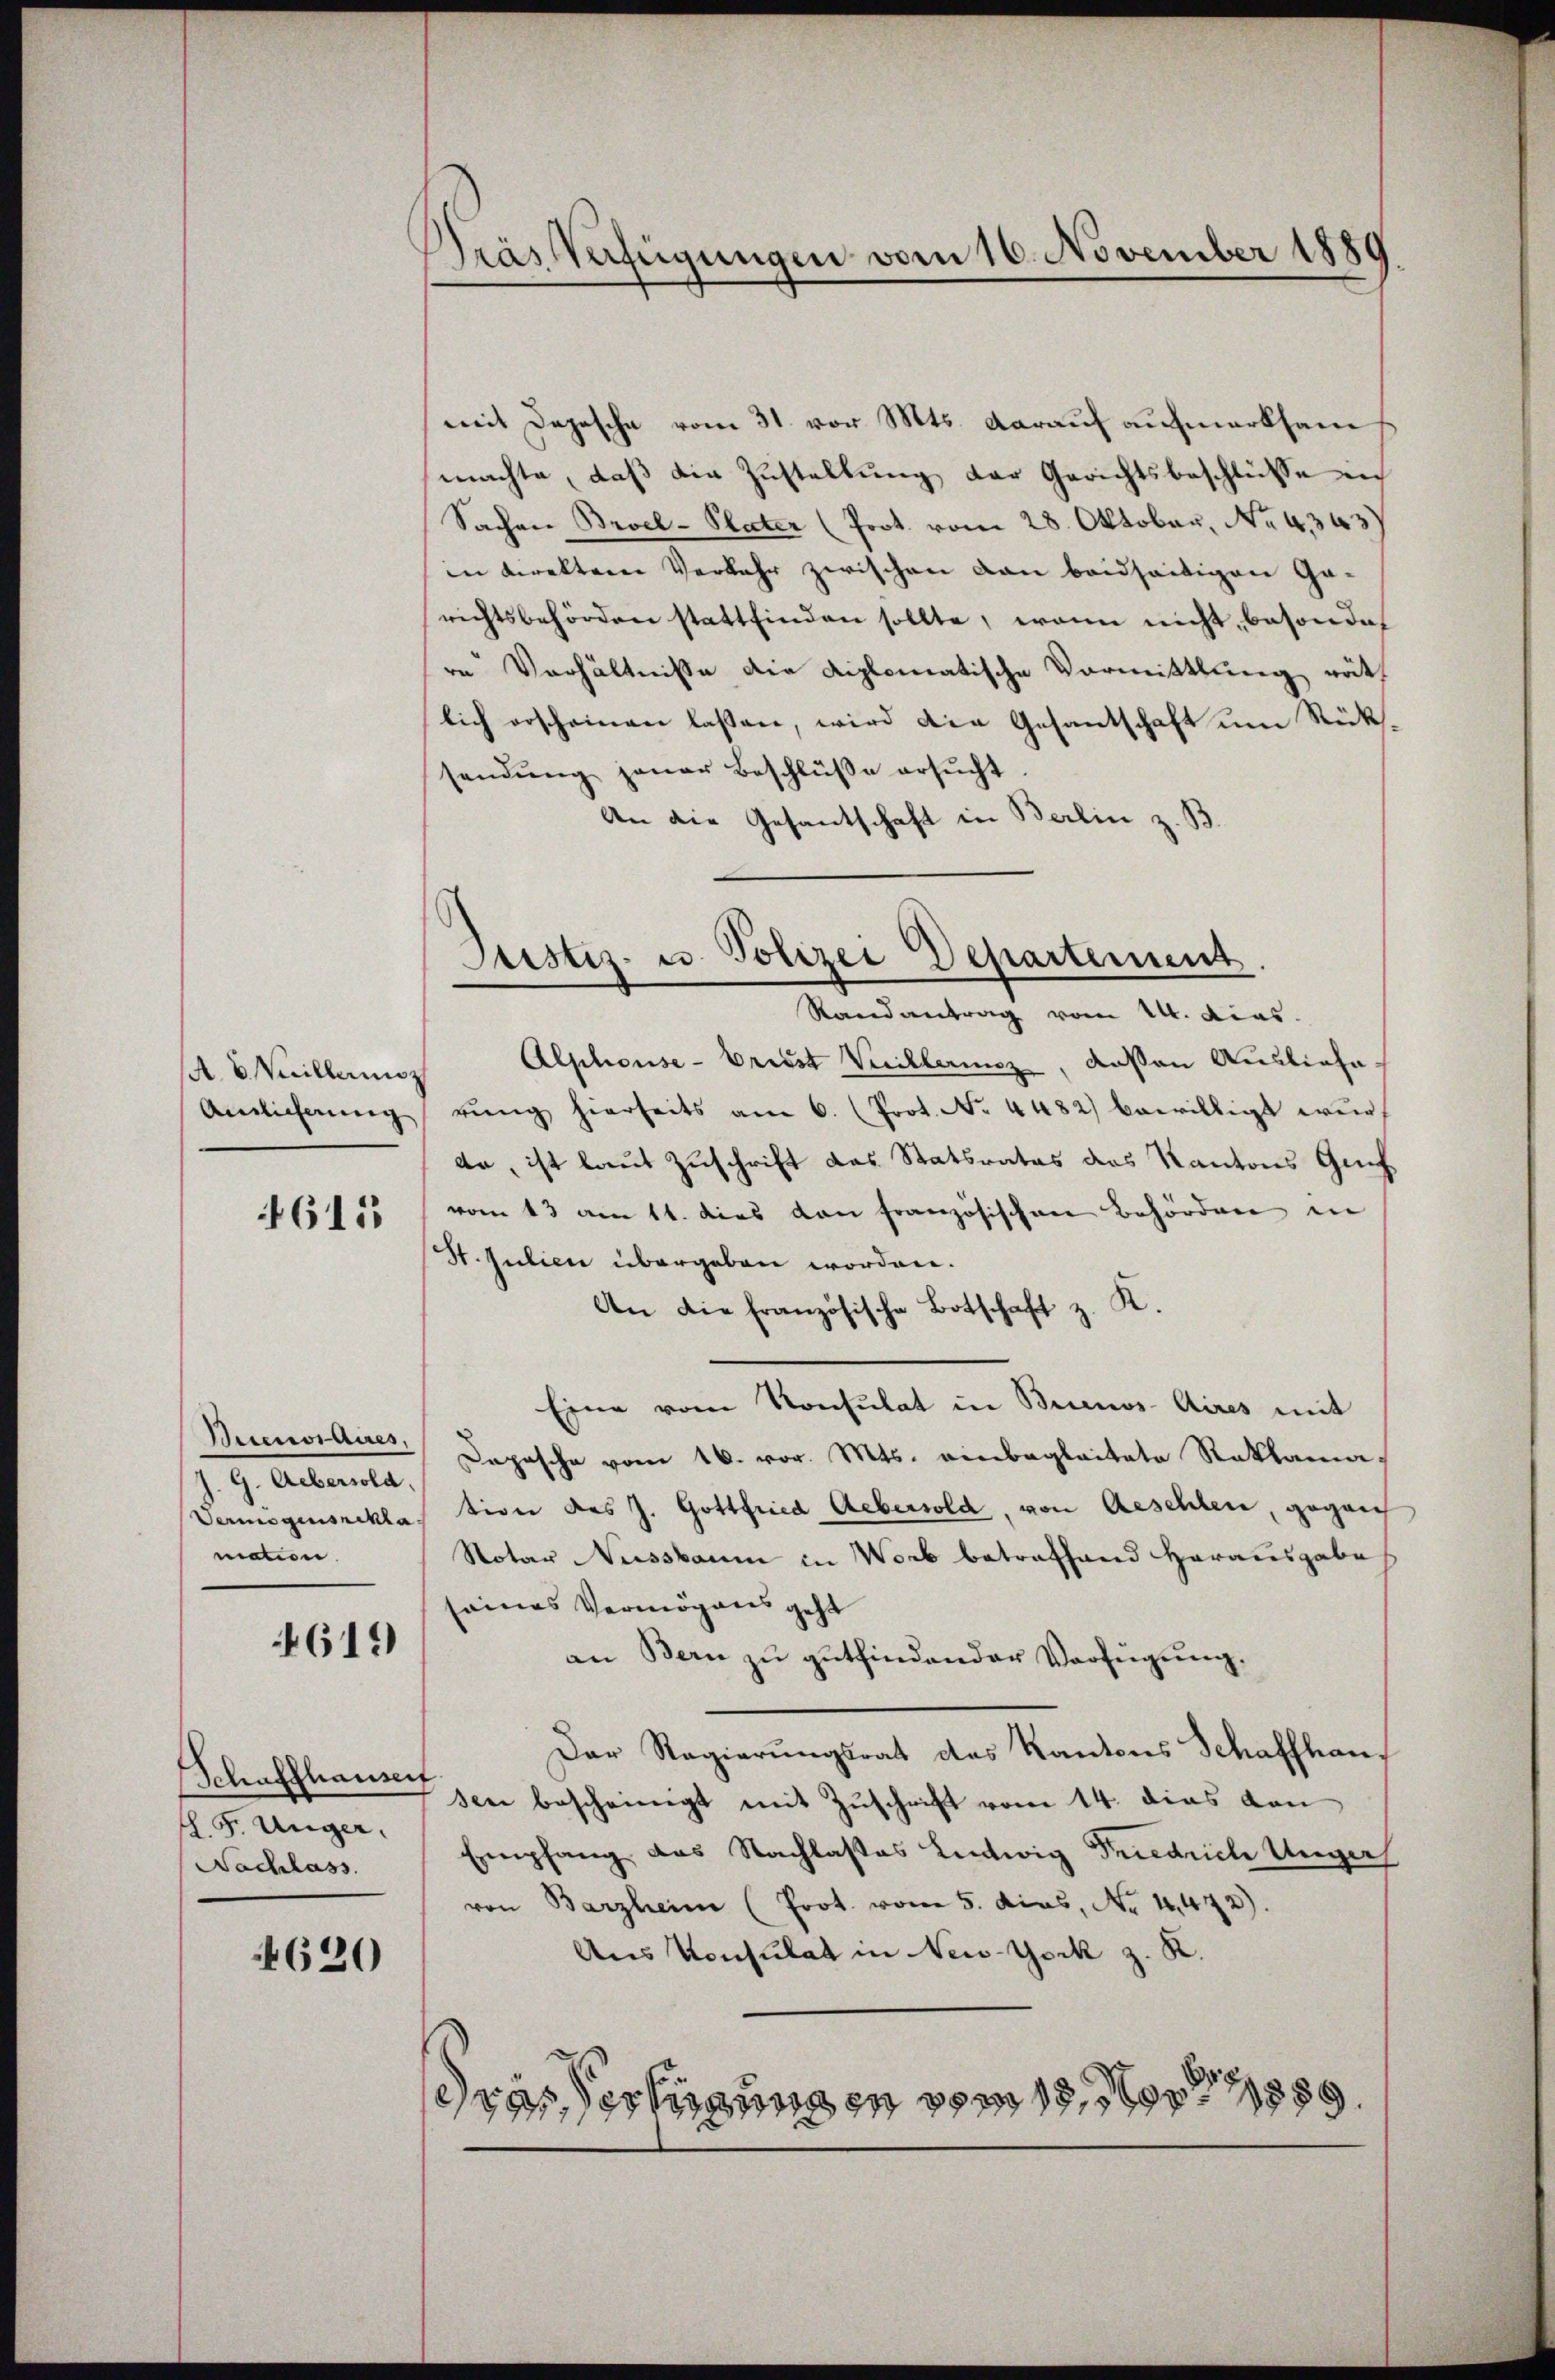
A. B. Weillermoz
Auslieferung

4615

Buenos Aires.
G. Uebersold.
Vermögensrekla
mation.

4619

Schaffhauser
th. F. Unger.
Nachlass

4620

Dräs Verfügungen vom 16. November 1889.

mit Depesche vom 31. vor. Mts. darauf aufmerksam
machte, daß die Zustellung der Gerichtsbeschlüsse in
Sachen Broel-Plater (Prot. vom 28. Oktober, No. 4343)
in direkter Verkehr zwischen dan beidseitigen Gerichtsbehörden stattfinden sollte, wenn nicht, besonder
rn Verhältnisse die diplomatische Vormittlung räth
lich erscheinen lassen, wird die Gesantschaft um Rückssendung jener Beschlüße ersucht
An die Gesantschaft in Berlin z. B.
Randantrag vom 14. dies
Alphonse- Vriest Verillenz, deßen Ausliefe
rŭng hierseits am 6. (Prot. No. 4482) bewilligt wur
da, ist laut Zuschrift das Statsrates des Kantons Geis
vom 13 am 11. dies von französischen Behörden in
St. Julien übergeben worden.
An die französische Botschaft z. K.
Eine vom Konsulat in Buenos-Aires mit
Dapasche vom 16. vor. Mts. einbegleitete Reklamation des J. Gottfried Aebersold, von Aeschlen, gegenh
Notar Nussbaum in Worb betreffend Herausgabe
seines Vermögens geht
an Bern zu gutfindender Verfügung.
Der Regierungsrat des Kantons Schaffhausee bescheinigt mit Zuschrift vom 14. dies von
Empfang das Nachlastes Lintwig Friedrich Ungar
von Barzheim (Prot. vom 5. dies, No. 4472).
Aus Konsulat in New-York z. K.
ras erlegungen vom 18. Nov. 1855.

Justiz- u. Polizei Departement.